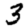
Digit: 3